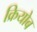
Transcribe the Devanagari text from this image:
क्रियोब